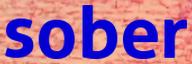
sober